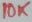
Text: 10K